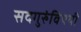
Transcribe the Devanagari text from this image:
सदगुरुंविषयी